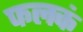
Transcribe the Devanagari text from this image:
फलकं